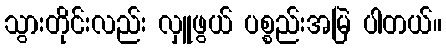
သွားတိုင်းလည်း လှူဖွယ် ပစ္စည်းအမြဲ ပါတယ်။